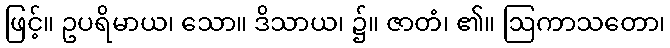
ဖြင့်။ ဥပရိမာယ၊ သော။ ဒိသာယ၊ ၌။ ဇာတံ၊ ၏။ ဩကာသတော၊